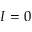
I = 0